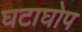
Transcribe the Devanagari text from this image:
घटाघोप